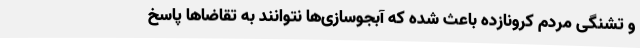
و تشنگی مردم کرونازده باعث شده که آبجوسازی‌ها نتوانند به تقاضاها پاسخ